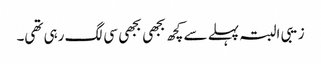
زیبی البتہ پہلے سے کچھ بجھی بجھی سی لگ رہی تھی۔